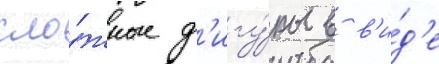
сло́жные ф'игу́ры в в'и́д'е